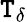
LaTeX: \mathtt{T}_{\delta}